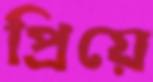
প্রিয়ে